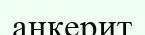
анкерит